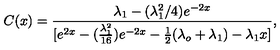
C ( x ) = \frac { \lambda _ { 1 } - ( \lambda _ { 1 } ^ { 2 } / 4 ) e ^ { - 2 x } } { [ e ^ { 2 x } - ( \frac { \lambda _ { 1 } ^ { 2 } } { 1 6 } ) e ^ { - 2 x } - \frac { 1 } { 2 } ( \lambda _ { o } + \lambda _ { 1 } ) - \lambda _ { 1 } x ] } ,